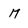
Character: M